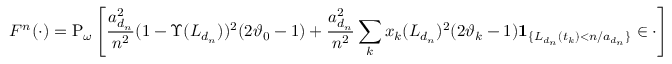
F ^ { n } ( \cdot ) = \mathrm { P } _ { \omega } \left[ \frac { a _ { d _ { n } } ^ { 2 } } { n ^ { 2 } } ( 1 - \Upsilon ( L _ { d _ { n } } ) ) ^ { 2 } ( 2 \vartheta _ { 0 } - 1 ) + \frac { a _ { d _ { n } } ^ { 2 } } { n ^ { 2 } } \sum _ { k } x _ { k } ( L _ { d _ { n } } ) ^ { 2 } ( 2 \vartheta _ { k } - 1 ) { \bf 1 } _ { \{ L _ { d _ { n } } ( t _ { k } ) < n / a _ { d _ { n } } \} } \in \cdot \right]